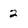
Character: 2